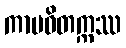
ကာမဝိတက္ကဿ